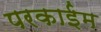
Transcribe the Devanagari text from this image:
परकाईम